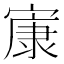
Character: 㝩